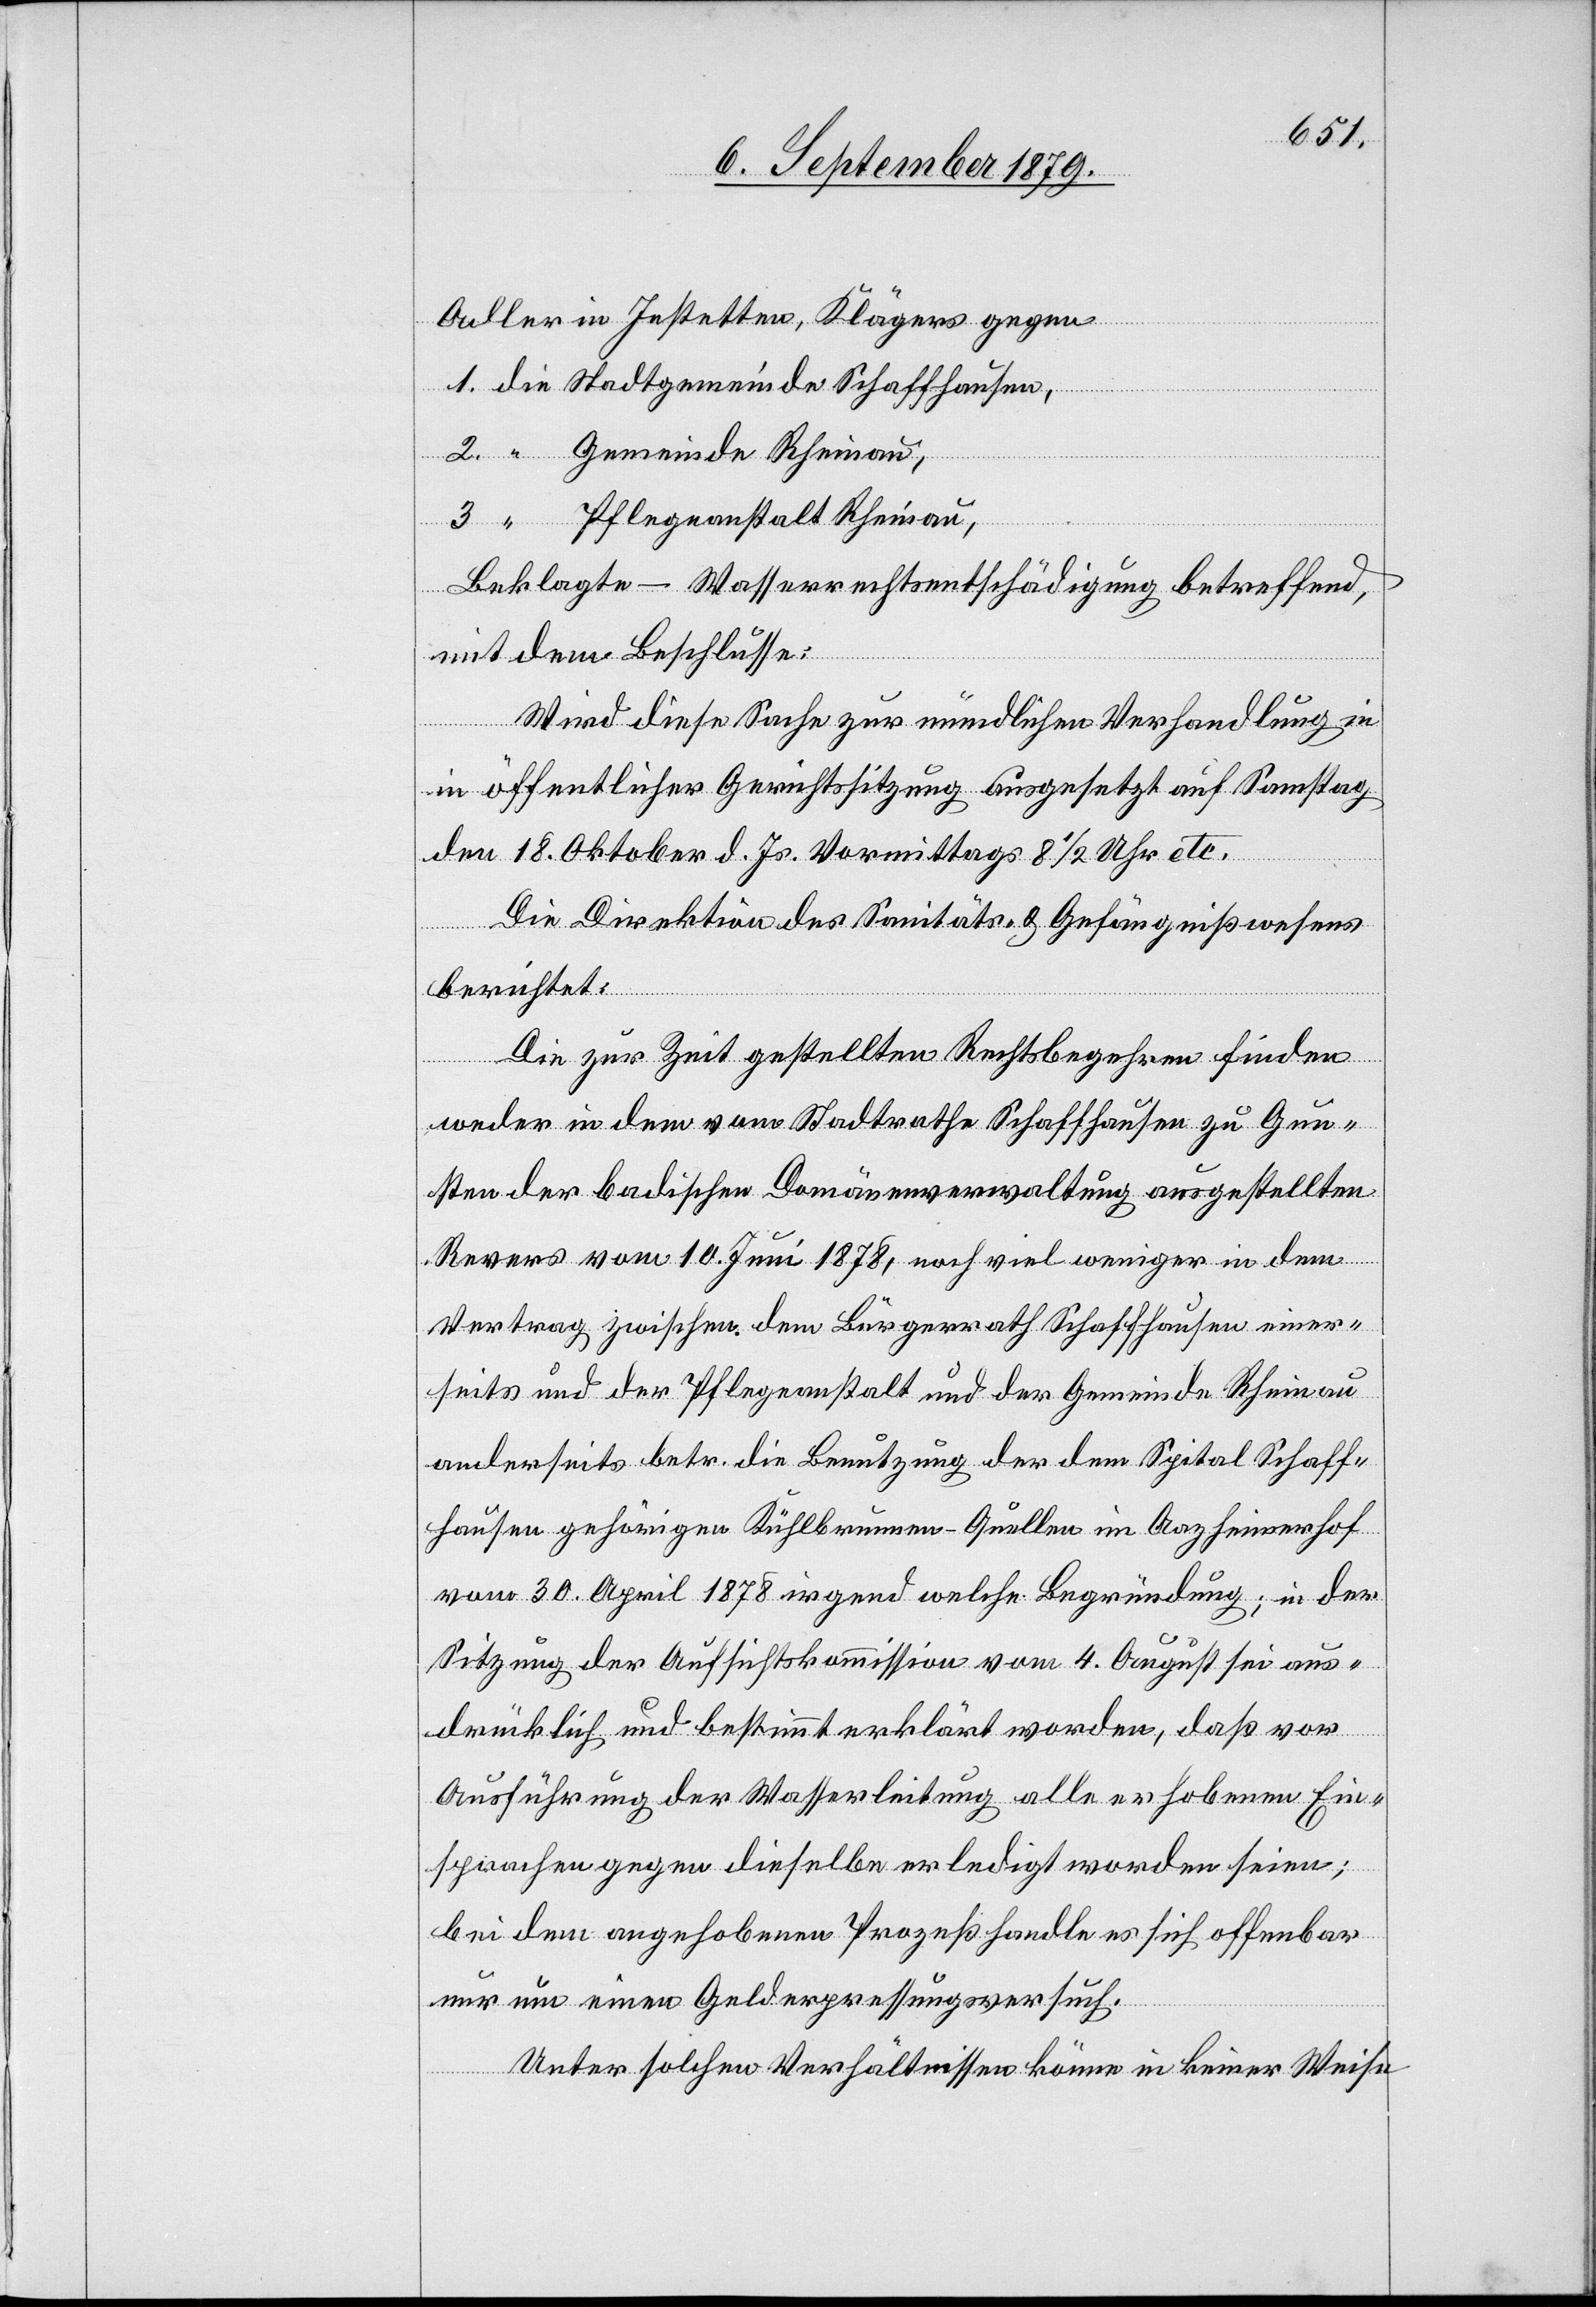
Adler in Jestetten, Kläger gegen
1. die Stadtgemeinde Schaffhausen,
2. “ Gemeinde Rheinau,
3. “ Pflegeanstalt Rheinau,
Beklagte – Wasserrechtsentschädigung betreffend,
mit dem Beschlusse:
Wird diese Sache zur mündlichen Verhandlung in
öffentlicher Gerichtssitzung ausgesetzt auf Samstag
den 18. Oktober d. Js. Vormittags 8 1/2 Uhr etc.
Die Direktion des Sanitäts- & Gefängnißwesens
berichtet:
Die zur Zeit gestellten Rechtsbegehren finden
weder in dem vom Stadtrathe Schaffhausen zu Gun¬
sten der badischen Domänenverwaltung ausgestellten
Revers vom 10. Juni 1878, noch viel weniger in dem
Vertrag zwischen dem Bürgerrath Schaffhausen einer¬
seits und der Pflegeanstalt und der Gemeinde Rheinau
anderseits betr. die Benutzung der dem Spital Schaff¬
hausen gehörigen Kühlbrunnen-Quellen im Aazheimerhof
vom 30. April 1878 irgend welche Begründung; in der
Sitzung der Aufsichtskommission vom 4. August sei aus¬
drücklich und bestimmt erklärt worden, daß vor
Ausführung der Wasserleitung alle erhobenen Ein¬
sprachen gegen dieselbe erledigt worden seien;
bei dem angehobenen Prozeß handle es sich offenbar
nur um einen Gelderpressungsversuch.
Unter solchen Verhältnissen könne in keiner Weise